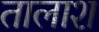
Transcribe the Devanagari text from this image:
तालाश